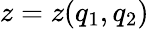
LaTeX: z=z(q_{1},q_{2})